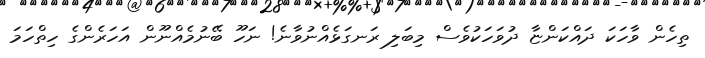
ތިހެން ވާހަކަ ދައްކަންޏާ ދުވަހަކުވެސް މިބަލި ރަނގަޅެއްނުވާނެ! ނަހޫ ބޭނުމެއްނޫން އަހަރެންގެ ހިތްހަމަ